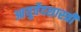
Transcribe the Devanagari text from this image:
आयुर्वेदशास्‍त्री